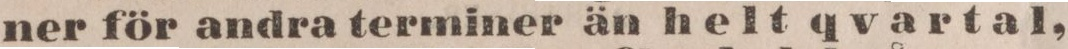
ner för andra terminer än helt qvartal,